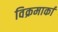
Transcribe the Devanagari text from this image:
विक्रमार्का